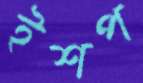
ইশপ